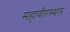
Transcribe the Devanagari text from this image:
महावीरस्थल